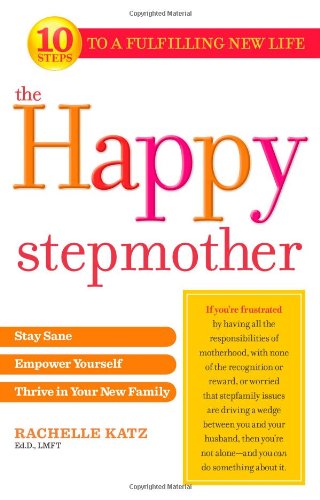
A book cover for The Happy Stepmother: Stay Sane, Empower Yourself, Thrive in Your New Family; Rachelle Katz; Parenting & Relationships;